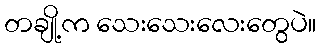
တချို့က သေးသေးလေးတွေပဲ။